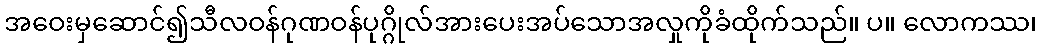
အဝေးမှဆောင်၍သီလဝန်ဂုဏဝန်ပုဂ္ဂိုလ်အားပေးအပ်သောအလှုကိုခံထိုက်သည်။ ပ။ လောကဿ၊